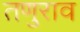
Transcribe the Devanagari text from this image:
तणुराव